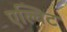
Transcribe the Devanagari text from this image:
एल्विट